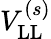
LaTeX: V_{\mathrm{LL}}^{(s)}